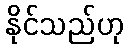
နိုင်သည်ဟု